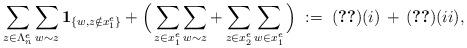
LaTeX: \begin{align*}\sum_{z\in\Lambda^e_n} \sum_{w\sim z} {\bf 1}_{\{w,z\notin x_1^e\}} + \Big(\sum_{z\in x_1^e} \sum_{w\sim z} + \sum_{z\in x_2^e} \sum_{w \in x_1^e}\Big) \;:=\;\eqref{term1}(i)\,+\,\eqref{term1}(ii),\end{align*}